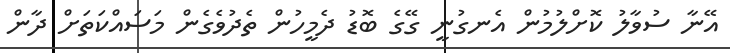
އޭނާ ސުވާލު ކޮށްލުމުން އެނގުނީ ގޭގެ ބޮޑު ދެމީހުން ތެދުވެގެން މަސައްކަތަށް ދާން